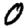
Digit: 0